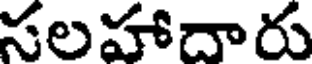
సలహాదారు